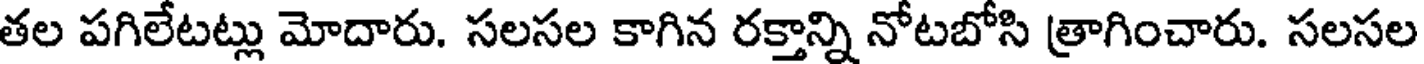
తల పగిలేటట్లు మోదారు. సలసల కాగిన రక్తాన్ని నోటబోసి త్రాగించారు. సలసల